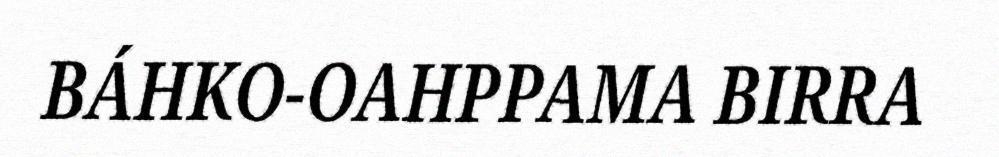
BÁHKO-OAHPPAMA BIRRA